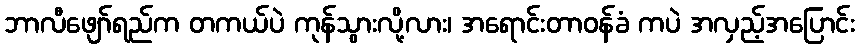
ဘာလီဖျော်ရည်က တကယ်ပဲ ကုန်သွားလို့လား၊ အရောင်းတာဝန်ခံ ကပဲ အလှည့်အပြောင်း